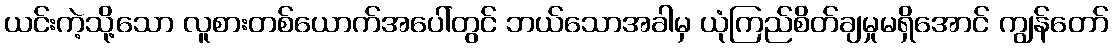
ယင်းကဲ့သို့သော လူစားတစ်ယောက်အပေါ်တွင် ဘယ်သောအခါမှ ယုံကြည်စိတ်ချမှုမရှိအောင် ကျွန်တော်